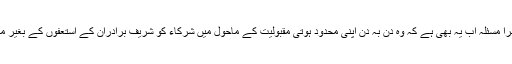
عمران خان کا ایک دوسرا مسئلہ اب یہ بھی ہے کہ وہ دن بہ دن اپنی محدود ہوتی مقبولیت کے ماحول میں شرکاء کو شریف برادران کے استعفوں کے بغیر مطمئن کیسے کریں گے۔